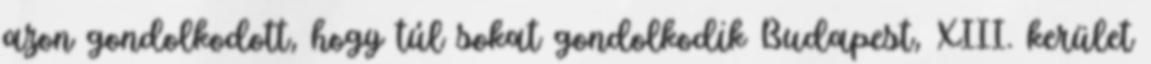
azon gondolkodott, hogy túl sokat gondolkodik Budapest, XIII. kerület